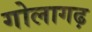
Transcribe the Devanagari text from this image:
गोलागढ़